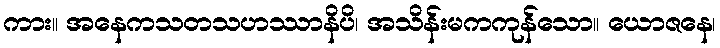
ကား။ အနေကသတသဟဿာနိပိ၊ အသိန်းမကကုန်သော။ ယောဇနေ၊